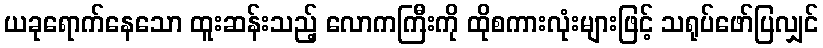
ယခုရောက်နေသော ထူးဆန်းသည့် လောကကြီးကို ထိုစကားလုံးများဖြင့် သရုပ်ဖော်ပြလျှင်